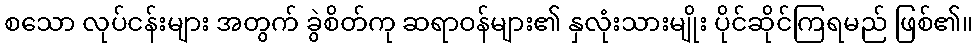
စသော လုပ်ငန်းများ အတွက် ခွဲစိတ်ကု ဆရာဝန်များ၏ နှလုံးသားမျိုး ပိုင်ဆိုင်ကြရမည် ဖြစ်၏။